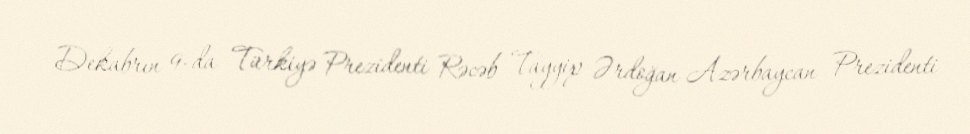
Dekabrın 9-da Türkiyə Prezidenti Rəcəb Tayyip Ərdoğan Azərbaycan Prezidenti